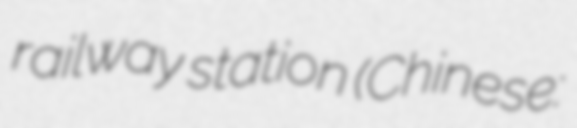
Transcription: railway station (Chinese: